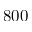
8 0 0